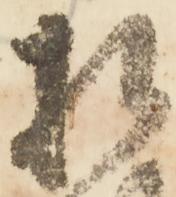
相